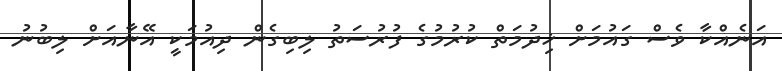
އަނެއްކާ ވެސް ގައުމަށް ޚިދުމަތް ކުރުމުގެ ފުރުސަތު ލިބިގެން ދިއުމަކީ އޭނާއަށް ލިބުނު